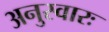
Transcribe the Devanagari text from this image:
अनुस्वारः